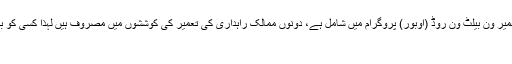
پاک چین اقتصادی راہداری کی تعمیر ون بیلٹ ون روڈ (اوبور) پروگرام میں شامل ہے، دونوں ممالک راہداری کی تعمیر کی کوششوں میں مصروف ہیں لہذا کسی کو بھی اس بارے میں افواہیں پھیلانے
نہیں۔